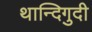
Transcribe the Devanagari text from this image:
थान्दिगुदी